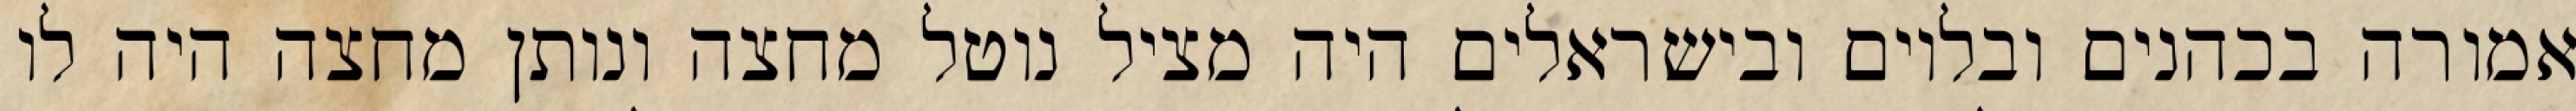
אמורה בכהנים ובלוים ובישראלים היה מציל נוטל מחצה ונותן מחצה היה לו